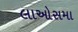
લાઓસમા